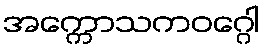
အက္ကောသကဝဂ္ဂေါ